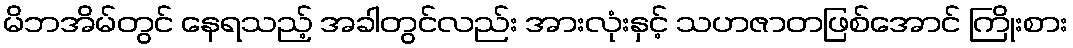
မိဘအိမ်တွင် နေရသည့် အခါတွင်လည်း အားလုံးနှင့် သဟဇာတဖြစ်အောင် ကြိုးစား